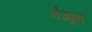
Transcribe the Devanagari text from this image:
नेउबुही